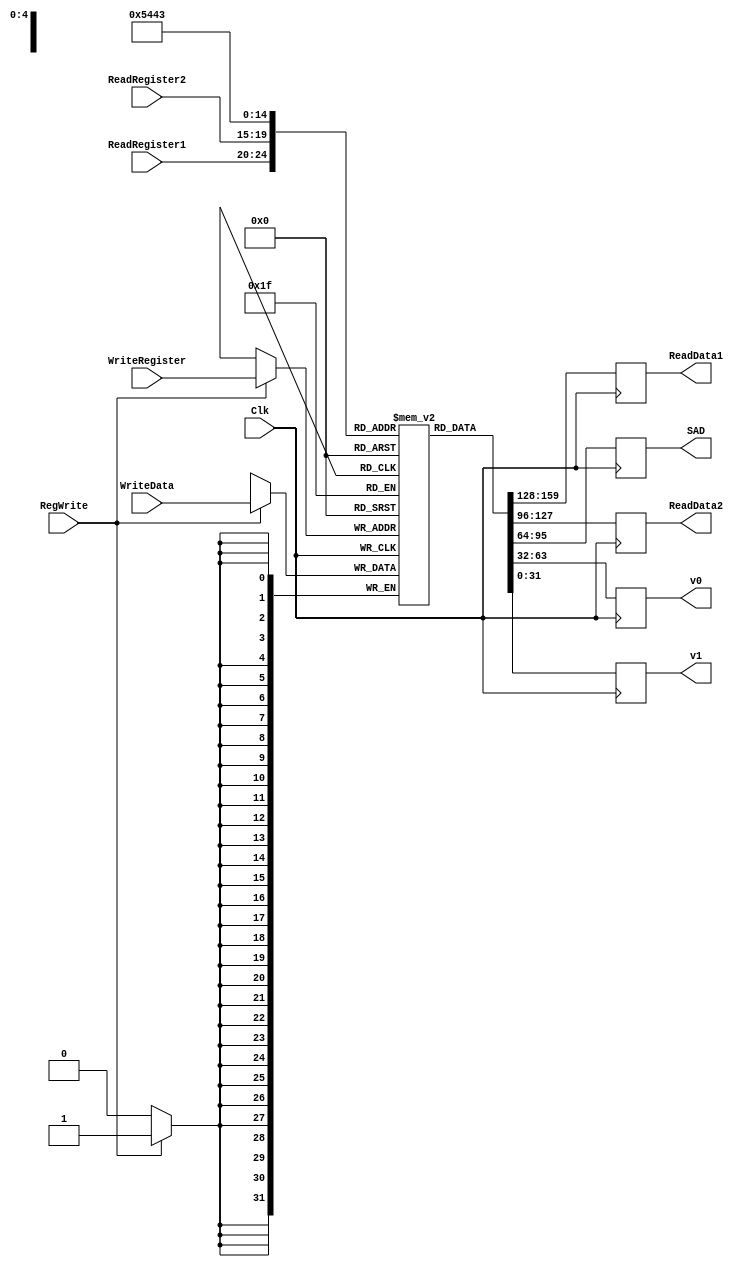
`timescale 1ns / 1ps

////////////////////////////////////////////////////////////////////////////////
// ECE369 - Computer Architecture
// Engineers: James Fulton, Raphael Lepercq, & Wilson Liao
//
// Module - register_file.v
// Description - Implements a register file with 32 32-Bit wide registers.
//
// 
// INPUTS:-
// ReadRegister1: 5-Bit address to select a register to be read through 32-Bit 
//                output port 'ReadRegister1'.
// ReadRegister2: 5-Bit address to select a register to be read through 32-Bit 
//                output port 'ReadRegister2'.
// WriteRegister: 5-Bit address to select a register to be written through 32-Bit
//                input port 'WriteRegister'.
// WriteData: 32-Bit write input port.
// RegWrite: 1-Bit control input signal.
//
// OUTPUTS:-
// ReadData1: 32-Bit registered output. 
// ReadData2: 32-Bit registered output. 
//
// FUNCTIONALITY:-
// 'ReadRegister1' and 'ReadRegister2' are two 5-bit addresses to read two 
// registers simultaneously. The two 32-bit data sets are available on ports 
// 'ReadData1' and 'ReadData2', respectively. 'ReadData1' and 'ReadData2' are 
// registered outputs (output of register file is written into these registers 
// at the falling edge of the clock). You can view it as if outputs of registers
// specified by ReadRegister1 and ReadRegister2 are written into output 
// registers ReadData1 and ReadData2 at the falling edge of the clock. 
//
// 'RegWrite' signal is high during the rising edge of the clock if the input 
// data is to be written into the register file. The contents of the register 
// specified by address 'WriteRegister' in the register file are modified at the 
// rising edge of the clock if 'RegWrite' signal is high. The D-flip flops in 
// the register file are positive-edge (rising-edge) triggered. (You have to use 
// this information to generate the write-clock properly.) 
//
// NOTE:-
// We will design the register file such that the contents of registers do not 
// change for a pre-specified time before the falling edge of the clock arrives 
// to allow for data multiplexing and setup time.
////////////////////////////////////////////////////////////////////////////////
               
module RegisterFile(ReadRegister1, ReadRegister2, WriteRegister, WriteData, RegWrite, Clk, ReadData1, ReadData2, SAD, v0, v1);

	/* Please fill in the implementation here... */
	input Clk;
    input [4:0] ReadRegister1, ReadRegister2, WriteRegister;
    input [31:0] WriteData; //inputData
    input RegWrite;
    
    output reg [31:0] ReadData1, ReadData2, SAD, v0, v1; //element
    
    reg [31:0] Register[31:0];
    
    integer i = 0;
    initial begin
        for (i = 0; i < 32; i = i + 1) begin
            Register[i] <= 0;
        end
    end
    
    always @(negedge Clk) begin
        ReadData1 <= Register[ReadRegister1];
        ReadData2 <= Register[ReadRegister2];
        SAD <= Register[21];
        //element <= Register[22];
        v0 <= Register[2];
        v1 <= Register[3];
        
    end
    
    always @(posedge Clk) begin
        if (RegWrite == 1) Register[WriteRegister] <= WriteData;
    end
    
endmodule